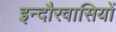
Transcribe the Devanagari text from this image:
इन्दौरवासियों